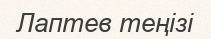
Лаптев теңізі